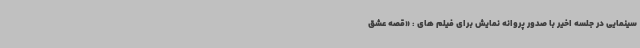
سینمایی در جلسه اخیر با صدور پروانه نمایش برای فیلم های : «قصه عشق